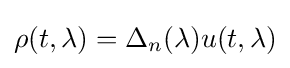
\rho (t,\lambda )=\Delta _{n}(\lambda )u(t,\lambda )